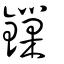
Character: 鏁